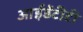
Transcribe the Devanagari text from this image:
आईडेंटीटी